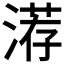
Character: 𰜨